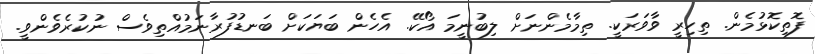
ފޮތިކޮޅުމެން. ތިހިރީ ވާވަރަކީ. ތިމާމެންނަށް ލިބުނީމަ އޯކޭ. އެހެން ބަޔަކަށް ބަނޑުފުރާނަމުއްތިވެސް ނުކުރެވެންވީ.